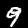
Digit: 9